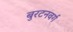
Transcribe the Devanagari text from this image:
बुरटनवर्ग